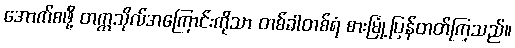
အောက်စဖို့ တက္ကသိုလ်အကြောင်းကိုသာ တစ်ခါတစ်ရံ စားမြုံ့ပြန်တတ်ကြသည်။